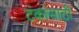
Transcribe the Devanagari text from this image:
टंकांसाठी